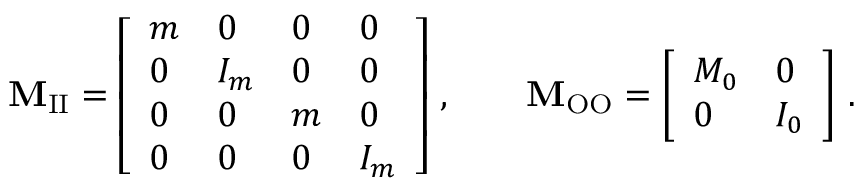
\mathbf { M } _ { \mathrm { I I } } = \left[ \begin{array} { l l l l } { m } & { 0 } & { 0 } & { 0 } \\ { 0 } & { I _ { m } } & { 0 } & { 0 } \\ { 0 } & { 0 } & { m } & { 0 } \\ { 0 } & { 0 } & { 0 } & { I _ { m } } \end{array} \right] \, , \qquad \mathbf { M } _ { \mathrm { O O } } = \left[ \begin{array} { l l } { M _ { 0 } } & { 0 } \\ { 0 } & { I _ { 0 } } \end{array} \right] \, .